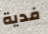
فدية